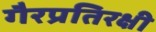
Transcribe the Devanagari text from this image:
गैरप्रतिरक्षी